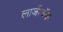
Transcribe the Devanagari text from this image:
लार्जरबॅक